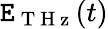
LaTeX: \boldsymbol{\mathtt{E}}_{\mathrm{{~T~H~z~}}}(t)